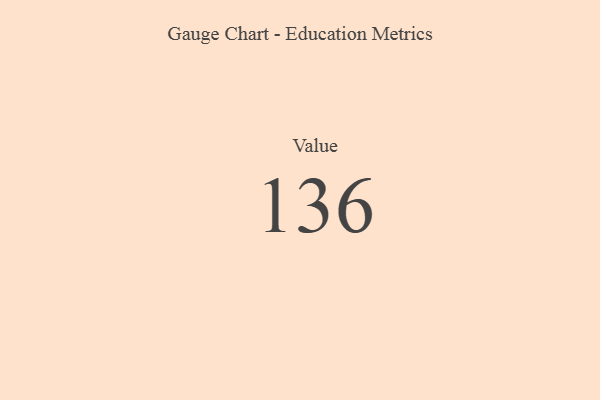
{"axis": {"x": "Metric", "y": "Value"}, "legend": [""], "data": [{"x": "Value", "y": 136, "type": ""}]}